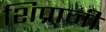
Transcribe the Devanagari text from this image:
शिप्राजी